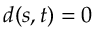
d ( s , t ) = 0